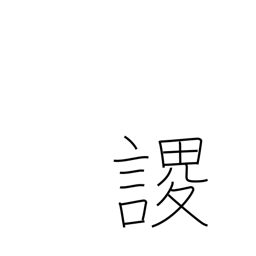
Meaning: arise